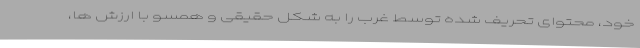
خود، محتوای تحریف شده توسط غرب را به شکل حقیقی و همسو با ارزش ها،